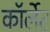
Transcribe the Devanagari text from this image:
कॉर्लेट